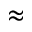
\approx